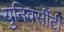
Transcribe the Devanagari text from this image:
युनिवर्सीटी